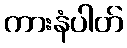
ကားနံပါတ်